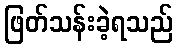
ဖြတ်သန်းခဲ့ရသည်